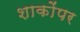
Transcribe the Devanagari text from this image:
शाकोंपर